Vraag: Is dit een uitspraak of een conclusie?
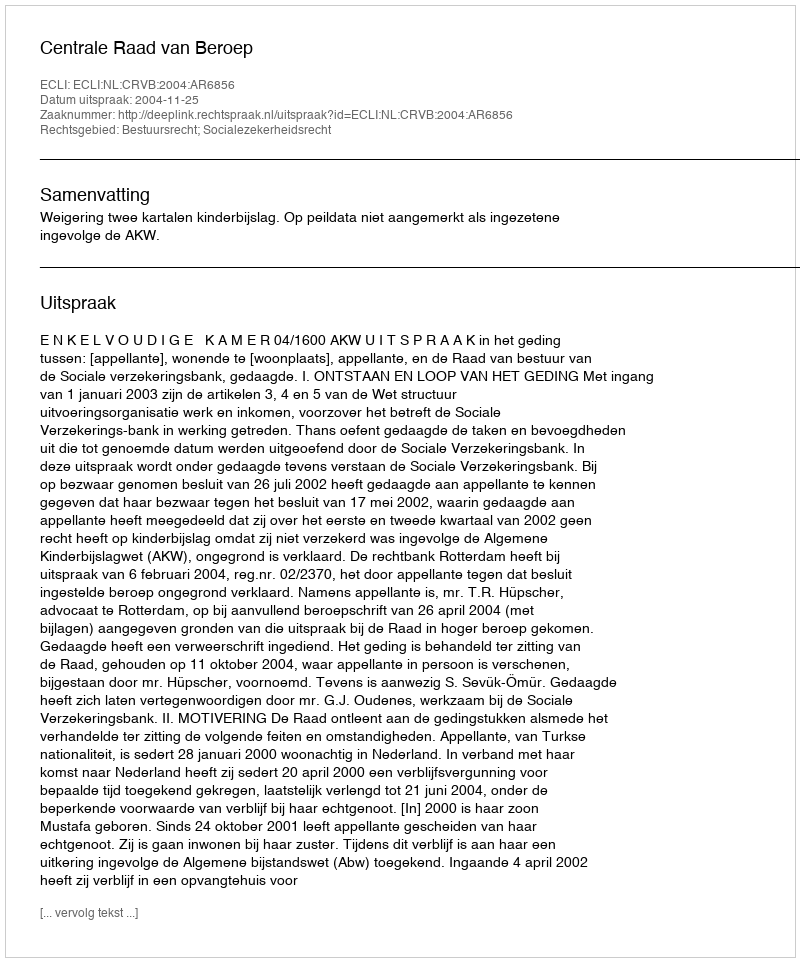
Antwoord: Uitspraak